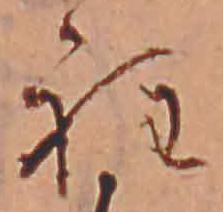
程